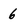
Character: 6